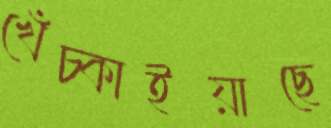
খেঁচ্‌কাইয়াছে